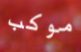
موكب